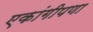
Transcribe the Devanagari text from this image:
एकांगीपणा